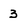
Character: 3